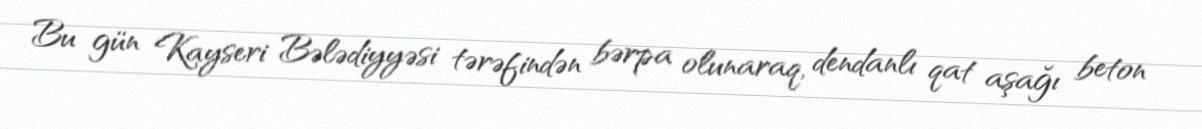
Bu gün Kayseri Bələdiyyəsi tərəfindən bərpa olunaraq, dendanlı qat aşağı beton